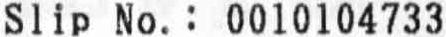
SLIP NO.: 0010104733